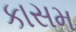
કાસમ